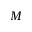
M